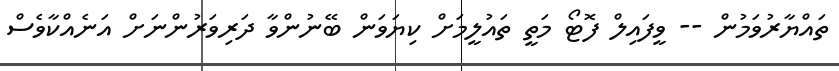
ތައްޔާރުވަމުން -- ވީފައިލް ފޮޓޯ މަތީ ތައުލީމަށް ކިޔަވަން ބޭނުންވާ ދަރިވަރުންނަށް އަނެއްކާވެސް